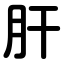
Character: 肝